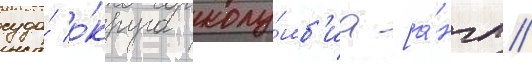
суда́ о́круга колу́мб'иа [а́нгл.